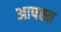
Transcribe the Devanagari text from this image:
आपस्त